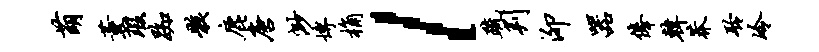
萌薰瑕踟骸鹿唐渺博桷l疏判泖器俸韩莽聆冷